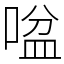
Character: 㖹